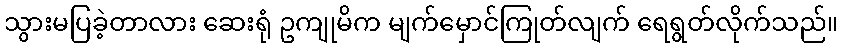
သွားမပြခဲ့တာလား ဆေးရုံ ဥကျုမိက မျက်မှောင်ကြုတ်လျက် ရေရွတ်လိုက်သည်။